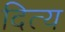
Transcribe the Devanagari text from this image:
दित्य